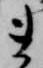
ま